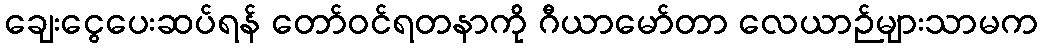
ချေးငွေပေးဆပ်ရန် တော်ဝင်ရတနာကို ဂီယာမော်တာ လေယာဉ်များသာမက